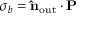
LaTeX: \sigma _ { b } = \mathbf { \hat { n } } _ { \mathrm { o u t } } \cdot \mathbf { P }